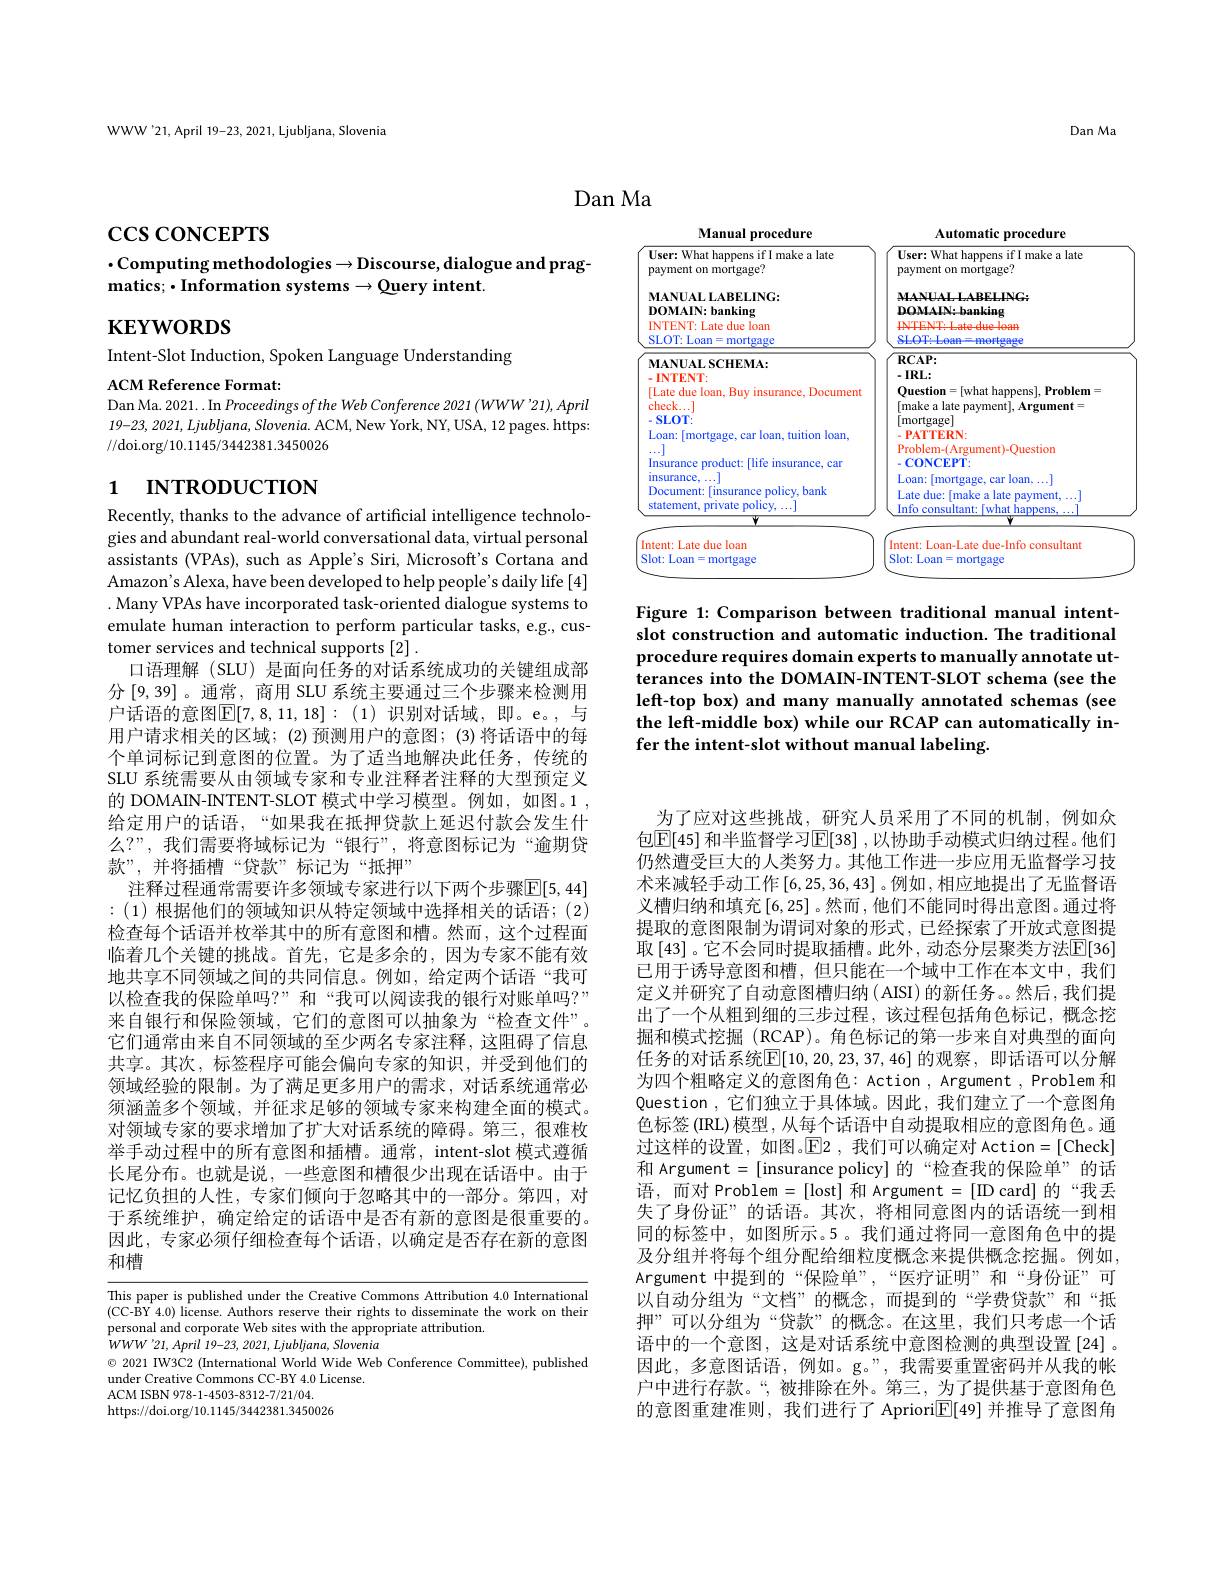
WWW'21, April 19-23, 2021, Ljubljana, Slovenia

Dan Ma

Dan Ma

<FigureHere>

Figure 1: Comparison between traditional manual intentslot construction and automatic induction. The traditional procedure requires domain experts to manually annotate utterances into the DOMAIN-INTENT-SLOT schema (see the left-top box) and many manually annotated schemas (see the left-middle box) while our RCAP can automatically infer the intent-slot without manual labeling.

$\csc\cos$concerrs

# $\cdot$Computing methodologies$\to$Discourse,dialogue and prag- $\textbf{matics; }\bullet$Information systems$\to$Query intent.

$\mathbf{KEYWORDS}$

Intent-Slot Induction, Spoken Language Understanding

ACM Reference Format:
Dan Ma. 2021... In Proceedings of the Web Conference 2021 (WWW'21), April $19-23,2021,Ljubljana,Slovenia.ACM,NewYork,NY,USA,12$ pages. https: //doi.org/10.1145/3442381.3450026

# 1 INTRODUCTION

Recently, thanks to the advance of artificial intelligence technologies and abundant real-world conversational data, virtual personal assistants (VPAs), such as Apple's Siri, Microsoft's Cortana and Amazon's Alexa, have been developed to help people's daily life [4] . Many VPAs have incorporated task-oriented dialogue systems to emulate human interaction to perform particular tasks, e.g., customer services and technical supports [2] .
口语理解 (SLU) 是面向任务的对话系统成功的关键组成部分 [9,39]。通常，商用 SLU 系统主要通过三个步骤来检测用户话语的意图$\overline\mathbb{E}[7,8,11,18]:(1)$识别对话域，即。e。,与用户请求相关的区域；(2)预测用户的意图；(3)将话语中的每个单词标记到意图的位置。为了适当地解决此任务，传统的SLU 系统需要从由领域专家和专业注释者注释的大型预定义的 DOMAIN-INTENT-SLOT 模式中学习模型。例如，如图。1 , 给定用户的话语，“如果我在抵押贷款上延迟付款会发生什么？”,我们需要将域标记为“银行”,将意图标记为“逾期贷款”,并将插槽“贷款”标记为“抵押”
注释过程通常需要许多领域专家进行以下两个步骤$\overline{\mathbb{E}}[5,44]$ :(1)根据他们的领域知识从特定领域中选择相关的话语；(2) 检查每个话语并枚举其中的所有意图和槽。然而，这个过程面临着几个关键的挑战。首先，它是多余的，因为专家不能有效地共享不同领域之间的共同信息。例如，给定两个话语“我可以检查我的保险单吗？”和“我可以阅读我的银行对账单吗？” 来自银行和保险领域，它们的意图可以抽象为“检查文件”。它们通常由来自不同领域的至少两名专家注释，这阻碍了信息共享。其次，标签程序可能会偏向专家的知识，并受到他们的领域经验的限制。为了满足更多用户的需求，对话系统通常必须涵盖多个领域，并征求足够的领域专家来构建全面的模式。对领域专家的要求增加了扩大对话系统的障碍。第三，很难枚举手动过程中的所有意图和插槽。通常，intent-slot 模式遵循长尾分布。也就是说，一些意图和槽很少出现在话语中。由于记忆负担的人性，专家们倾向于忽略其中的一部分。第四，对于系统维护，确定给定的话语中是否有新的意图是很重要的。因此，专家必须仔细检查每个话语，以确定是否存在新的意图和槽

This paper is published under the Creative Commons Attribution 4.0 International (CC-BY 4.0) license. Authors reserve their rights to disseminate the work on their personal and corporate Web sites with the appropriate attribution.
$\dot{W}WW^{\prime}21,April\dot{1}9-23,2021,Ljubljana,Slovenia$
$\odot$ 2021 IW3C2 (International World Wide Web Conference Committee), published
under Creative Commons CC-BY 4.0 License.
ACM ISBN 978-1-4503-8312-7/21/04. https://doi.org/10.1145/3442381.3450026

为了应对这些挑战，研究人员采用了不同的机制，例如众包$\overline{\mathbb{E}}[45]$ 和半监督学习$\mathbb{E}[38]$ ,以协助手动模式归纳过程。他们仍然遭受巨大的人类努力。其他工作进一步应用无监督学习技术来减轻手动工作[6,25,36,43]。例如，相应地提出了无监督语义槽归纳和填充[6,25]。然而，他们不能同时得出意图。通过将提取的意图限制为谓词对象的形式，已经探索了开放式意图提取$\left[43\right]$。它不会同时提取插槽。此外，动态分层聚类方法$\overline{\mathrm{E}}[36]$ 已用于诱导意图和槽，但只能在一个域中工作在本文中，我们定义并研究了自动意图槽归纳(AISI)的新任务。然后，我们提出了一个从粗到细的三步过程，该过程包括角色标记，概念挖掘和模式挖掘(RCAP)。角色标记的第一步来自对典型的面向任务的对话系统$\boxed{\mathbb{E}}[10,20,23,37,46]$ 的观察，即话语可以分解为四个粗略定义的意图角色：Action , Argument , Problem 和Question , 它们独立于具体域。因此，我们建立了一个意图角色标签(IRL) 模型，从每个话语中自动提取相应的意图角色。通过这样的设置，如图。$\operatorname{E}$2 ,我们可以确定对 Action=[Check] 和 Argument = [insurance policy] 的“检查我的保险单”的话语，而对 Problem =[lost] 和 Argument =[ID card] 的“我丢失了身份证”的话语。其次，将相同意图内的话语统一到相同的标签中，如图所示。5。我们通过将同一意图角色中的提及分组并将每个组分配给细粒度概念来提供概念挖掘。例如， Argument 中提到的“保险单”,“医疗证明”和“身份证”可以自动分组为“文档”的概念，而提到的“学费贷款”和“抵押”可以分组为“贷款”的概念。在这里，我们只考虑一个话语中的一个意图，这是对话系统中意图检测的典型设置[24]。因此，多意图话语，例如。g。”,我需要重置密码并从我的帐户中进行存款。“,被排除在外。第三，为了提供基于意图角色的意图重建准则，我们进行了 Apriori$\mathbb{E}[49]$并推导了意图角